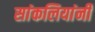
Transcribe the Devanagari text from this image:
सांकलियांनी